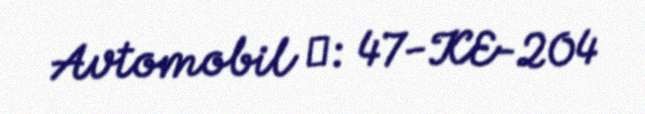
Avtomobil №: 47-KE-204